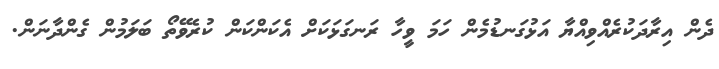
ދެން އިރާދަކުރެއްވިއްޔާ އަޅުގަނޑުމެން ހަމަ ވީހާ ރަނގަޅަކަށް އެކަންކަން ކުރެވޭތޯ ބަލަމުން ގެންދާނަން.